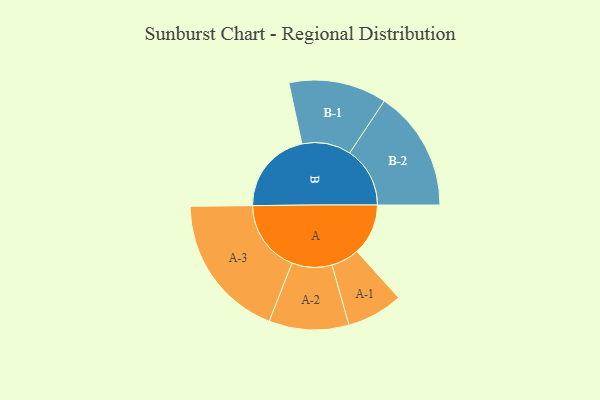
{"axis": {"x": "Segment", "y": "Value"}, "legend": ["", "A", "B"], "data": [{"x": "A", "y": 199, "type": ""}, {"x": "B", "y": 326, "type": ""}, {"x": "A-1", "y": 109, "type": "A"}, {"x": "A-2", "y": 155, "type": "A"}, {"x": "A-3", "y": 282, "type": "A"}, {"x": "B-1", "y": 190, "type": "B"}, {"x": "B-2", "y": 234, "type": "B"}]}